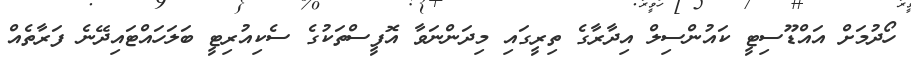
ހޯދުމަށް އައްޑޫސިޓީ ކައުންސިލް އިދާރާގެ ތިރީގައި މިދަންނަވާ އޮފީސްތަކުގެ ސެކިއުރިޓީ ބަލަހައްޓައިދޭނެ ފަރާތެއް